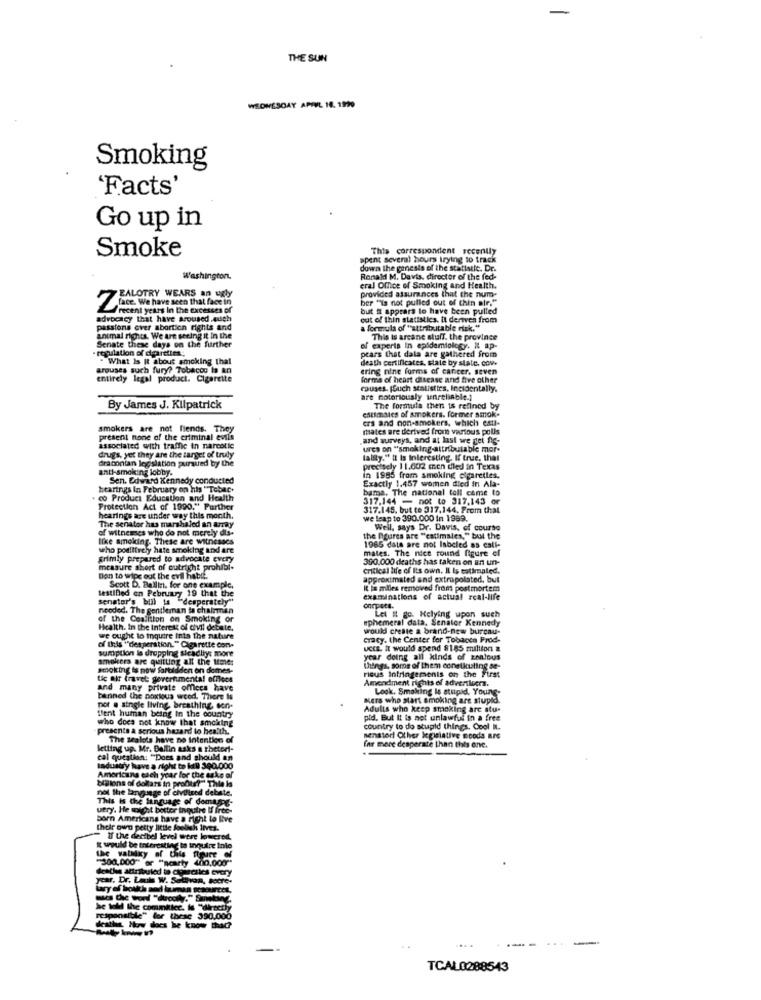
-
THE SUN
WEDNESDAY APRIL 16. 1999
Smoking
'Facts'
Go up in
This correspondent recently
Smoke
spent several hours trying to track
down the genesis of the statistic. Dr.
Washington.
Ronald M. Davis, director of the fed-
eral Office of Smoking and Health.
ZALOTRY WEARS an ugly
provided assurances that the num-
ber "is not pulled out of thin air."
face. We have seen that face in
but it appears lo have been pulled
advocacy that have aroused.auch
out of thin statistics. it deriven from
passions over abortion rights and
a formula of "attributable risk."
animal rights. We are seeing it In the
This is arcane stuff. the province
· regulation of cigarettes;
Senate these days on the further
pears that dala are gathered from
of experts in epidemiology. It ap-
" What Is It about smoking thal
death certificates. state by state. cove
arouses such fury? Tobacco Is an
ering nine forms of cancer. seven
entirely legal product. Cigarette
forma of heart disease and five other
causes. [Such statisties, Incidentally.
are notoriously unreliable.]
By James J. Kilpatrick
estimates of smokers. former smok-
The formula then is refined by
crs and non-smokers, which esti-
smokers are not fiends. They
mates are derived from various polls
present none of the criminal evils
,and surveys, and at last we get ns-
associated with traffic in narcotic
ures on "smoking-attributable mor-
drugs, yet they are the target of truly
tallty." It Is Interesting. If true, that
draconian legislation pursued by the
anti-smoking lobby.
precisely 11.602 men died in Texas
Sen. Edward Kennedy conducted
In 1985 from smoking cigarettes.
Exactly 1.457 women died in Ala-
hearings In February on his "Tobac.
bama, The national toll came to
co Product Education and Health
317.144 - not to 917,143 or
Protection Act of 1990." Further
317.145. but to 317,144, From that
hearings are under way this month.
we leap to 390.000 In 1969.
The senator has marshaled an array
of witnesses who do not merely dis-
Well, says Dr. Davis, of course
Ilke smoking. These are witnesses
the Ogures are "catimales," but the
who positively hate smoking and are
mates. The nice round figure el
1965 data are not Inbcled as call-
grimly prepared to advocate every
390.000 deaths has taken on un un-
measure short of outright prohibi-
critical life of Its own. Il Is estimated.
Bon to wipe out the evil habi.
approximated and extrapolated, but
testined on February 19 that the
Scott D. Ballin. for one example.
It Is milles removed from postmortem
senator's bill ta "desperately"
examinations of actual real-life
needed. The gentleman ta chairman
onrpses.
of the Coalition on Smoking or
ephemeral data. Senator Kennedy
Let it go. Kelying upon such
Health. In the Interest of civil debate.
would create a brand-new bureau-
we ought to inquire into the nature
Cracy. the Center for Tobacco Prod-
of this ""desperation." Cigarette con-
surtiption is dropping sicadliye more
UCIE. It would spend 8185 million a
smokers are quitting all the time:
year doing all kinds of zonlous
smoking is now farbidden on demes-
things, some of them conelkuling se-
rious Infringements on the First
tic air travel governmental offlees
Amendment rights of advertisers.
and many private offices have
Look, Smoking le stupid, Young-
banned the noxious wood. There Is
Mers who start smoking are stupid.
tient human being In the country
pot @ single living, breathing, son.
Adults who keep smoking arc stu-
who does not know that smoking
pid. But It is not unlawful in a free
presente a serious hazard to health.
country to do stupid things. Cool Il.
The sealos have no intention of
nenstort Other legislative moods RrG
Setting up. Mr. Dellin asks a thetorf-
for more desperate than this one.
cal question: "Does and should an
Industry have a right to kill 390.000
bilions of dollars in profite? - Thie la
Americans each year for the sake of
not the language of civilized debate.
This is the language of doming-
utry. He might botter inquire If free-
born Americans have a right to live
their own petty little foolish lives.
If the decibel level were lowered.
I would be interesting to inquire inio
"300,000" or "scarty 400.000"
deaths attribuled to closecsics every
ycar. Dr. Loule W. Sullivan, tocre-
he told the committee. Is "directly
responsible" for thesc 390.000
deaths, How does he know that?
---
-
TCAL0288543